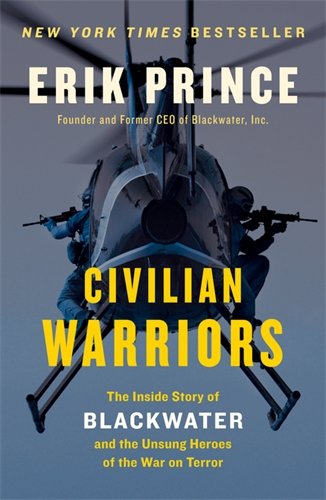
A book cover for Civilian Warriors: The Inside Story of Blackwater and the Unsung Heroes of the War on Terror; Erik Prince; History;